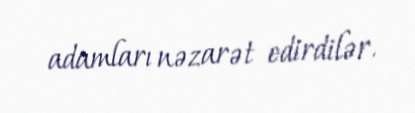
adamları nəzarət edirdilər.